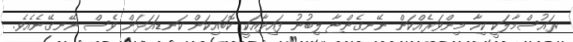
ރައުސްމާލަކީ ކިހާ މިންވަރެއްކަން ނޭނގެންޏާ ލިބުނު ފައިދާއަކީ ކޮބައިކަން ކަނޑައަޅަން ވެސް ނޭނގޭނެއެވެ.